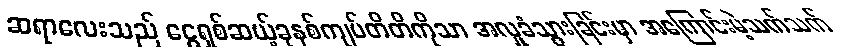
ဆရာလေးသည် ငွေရှစ်ဆယ့်ခုနစ်ကျပ်တိတိကိုသာ အလှုခံသွားခြင်းမှာ အကြောင်းမဲ့သက်သက်